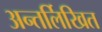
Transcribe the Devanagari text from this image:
अन्तर्लिखित